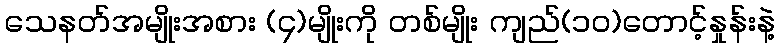
သေနတ်အမျိုးအစား (၄)မျိုးကို တစ်မျိုး ကျည်(၁၀)တောင့်နှုန်းနဲ့